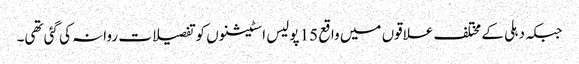
جبکہ دہلی کے مختلف علاقوں میں واقع 15 پولیس اسٹیشنوں کو تفصیلات روانہ کی گئی تھی۔